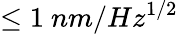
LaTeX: \leq 1\ nm/Hz^{1/2}